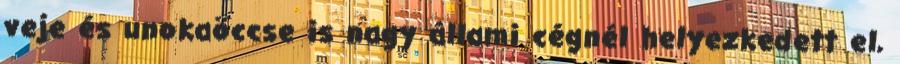
veje és unokaöccse is nagy állami cégnél helyezkedett el,